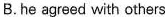
B. he agreed with others